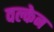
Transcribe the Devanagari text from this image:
वल्केन